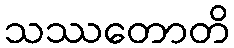
သဿတောတိ